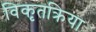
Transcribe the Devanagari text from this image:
विकृतक्रिया